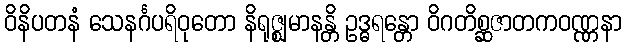
ဝိနိပတနံ သေနင်္ဂပရိဝုတော နိရုဇ္ဈမာနန္တိ ဥဒ္ဓရန္တော ဝိဂတိစ္ဆဇာတကဝဏ္ဏနာ